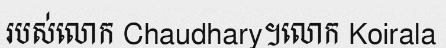
របស់លោក Chaudhary។លោក Koirala